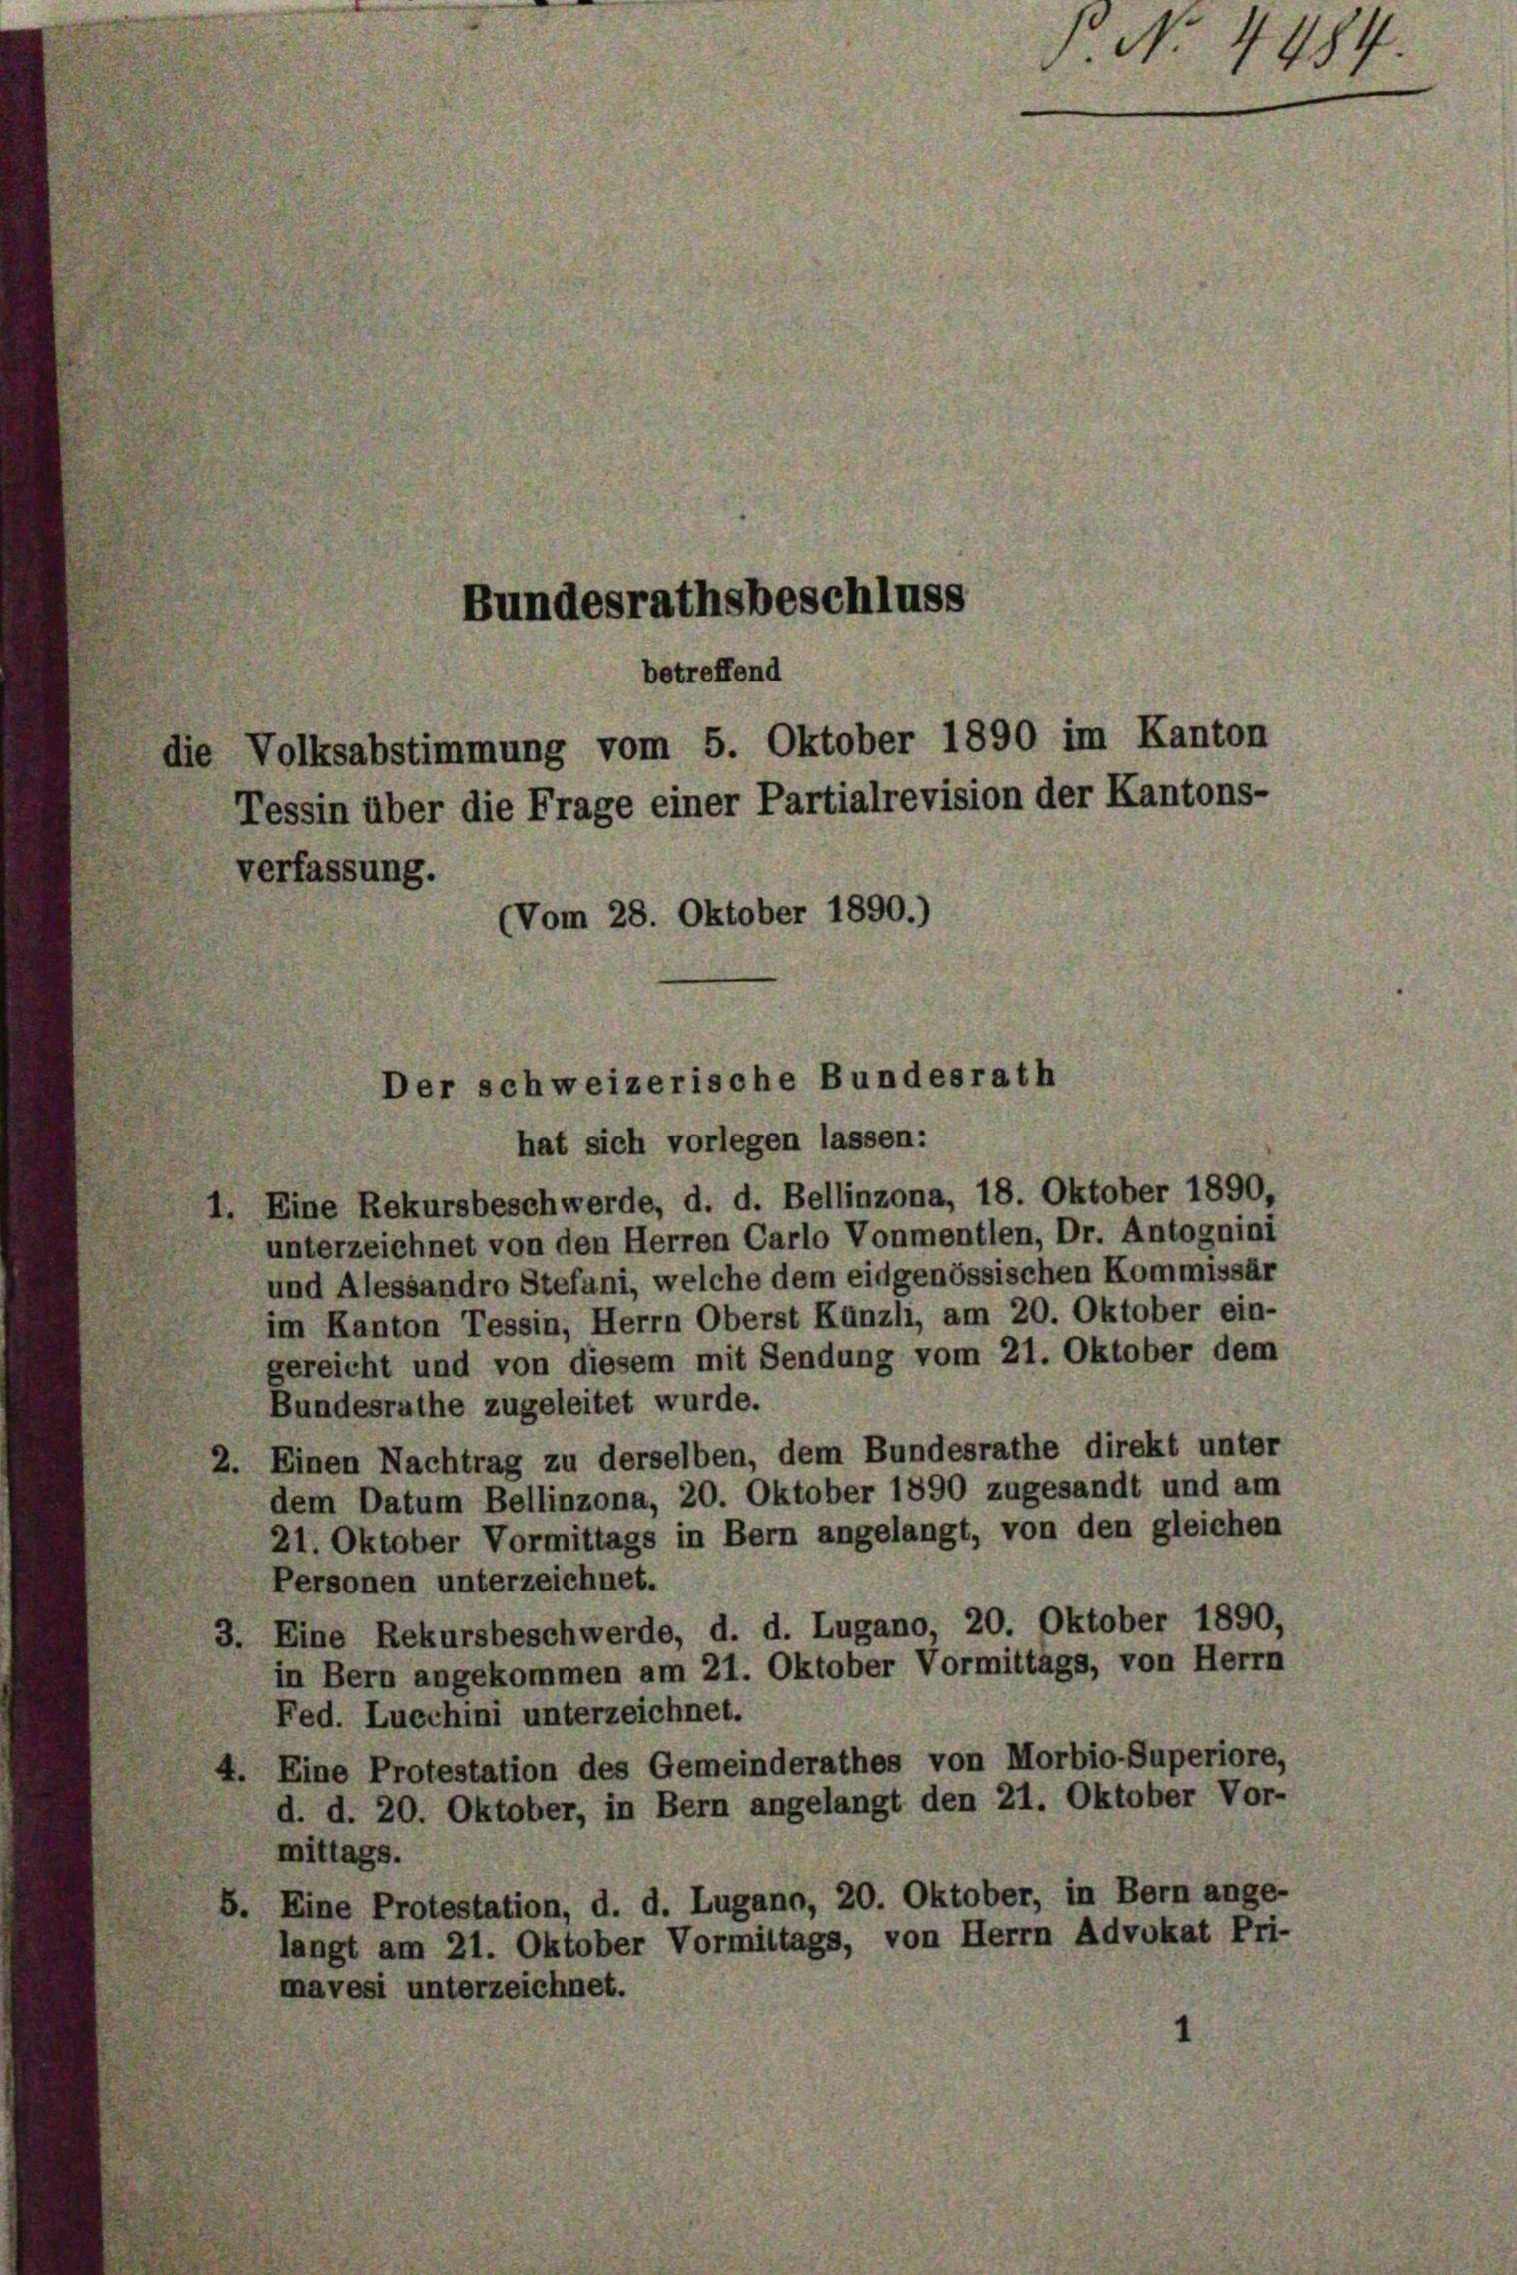
betreffend
die Volksabstimmung vom 5. Oktober 1890 im Kanton
Tessin über die Frage einer Partialrevision der Kantons-
verfassung.
(Vom 28. Oktober 1890.)

Bundesrathsbeschluss

Der schweizerische Bundesrath

hat sich vorlegen lassen:
1. Eine Rekursbeschwerde, d. d. Bellinzona, 18. Oktober 1890,
unterzeichnet von den Herren Carlo Vonmentlen, Dr. Antognini
und Alessandro Stefani, welche dem eidgenössischen Kommissär
im Kanton Tessin, Herrn Oberst Künzli, am 20. Oktober ein-
gereicht und von diesem mit Sendung vom 21. Oktober dem
Bundesrathe zugeleitet wurde.
2. Einen Nachtrag zu derselben, dem Bundesrathe direkt unter
dem Datum Bellinzona, 20. Oktober 1890 zugesandt und am
21. Oktober Vormittags in Bern angelangt, von den gleichen
Personen unterzeichnet.
3. Eine Rekursbeschwerde, d. d. Lugano, 20. Oktober 1890,
in Bern angekommen am 21. Oktober Vormittags, von Herrn
Fed. Luechini unterzeichnet.
4. Eine Protestation des Gemeinderathes von Morbio-Superiore,
d. d. 20. Oktober, in Bern angelangt den 21. Oktober Vor-
mittags.
5. Eine Protestation, d. d. Lugano, 20. Oktober, in Bern ange-
langt am 21. Oktober Vormittags, von Herrn Advokat Pri-
mavesi unterzeichnet.

. No. 4484.